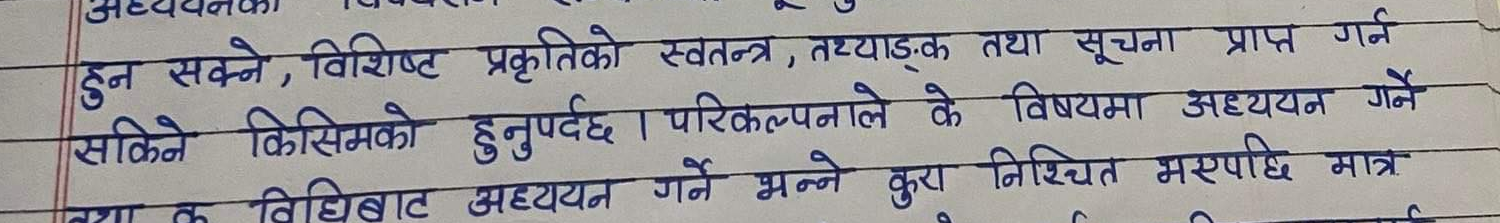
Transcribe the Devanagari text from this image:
हुन सक्ने, विशिष्ट प्रकृतिको स्वतन्त्र, तथ्याङ्‌क तथा सूचना प्राप्त गर्न
सकिने किसिमको हुनुपर्दछ । परिकल्पनाले के विषयमा अध्ययन गर्ने
विधिबाट अध्ययन गर्ने भन्ने कुरा निश्चित भएपछि मात्र